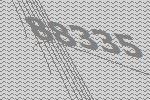
88335